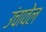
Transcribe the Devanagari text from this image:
उंचावेल